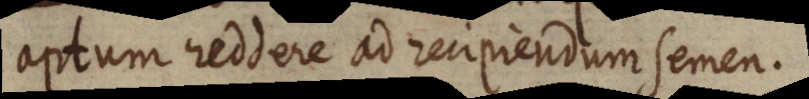
aptum reddere ad recipiendum semen.